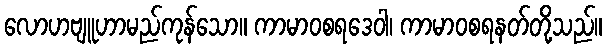
လောဟဗျူဟာမည်ကုန်သော။ ကာမာဝစရဒေဝါ၊ ကာမာဝစရနတ်တို့သည်။